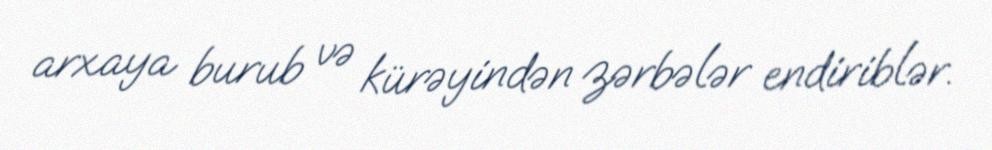
arxaya burub və kürəyindən zərbələr endiriblər.